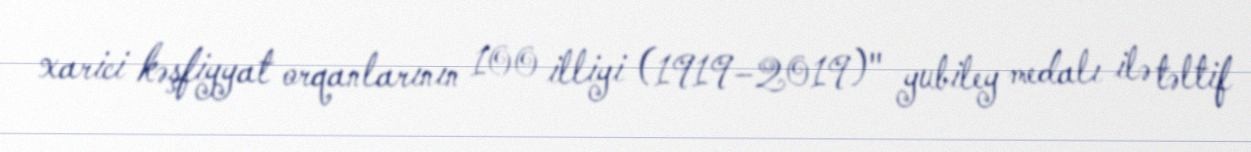
xarici kəşfiyyat orqanlarının 100 illiyi (1919–2019)" yubiley medalı ilə təltif